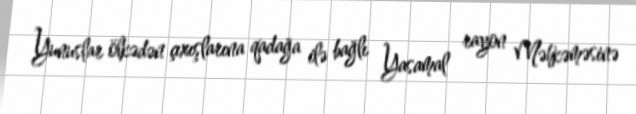
Yunuslar ölkədən çıxışlarına qadağa ilə bağlı Yasamal rayon Məhkəməsinə